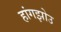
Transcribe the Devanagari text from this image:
हांगझोउ